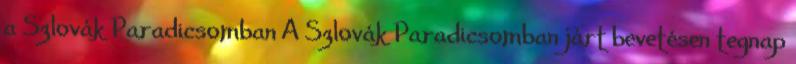
a Szlovák Paradicsomban A Szlovák Paradicsomban járt bevetésen tegnap